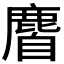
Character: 𪊰